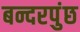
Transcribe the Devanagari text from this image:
बन्दरपुंछ